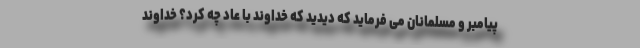
پیامبر و مسلمانان می فرماید که دیدید که خداوند با عاد چه کرد؟ خداوند